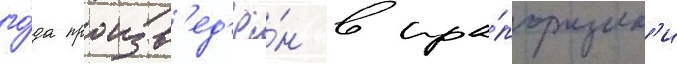
го́да произв'ед'ё́н в пра́порщик'и